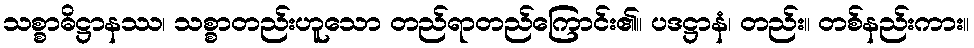
သစ္စာဓိဋ္ဌာနဿ၊ သစ္စာတည်းဟူသော တည်ရာတည်ကြောင်း၏။ ပဒဋ္ဌာနံ၊ တည်း။ တစ်နည်းကား။